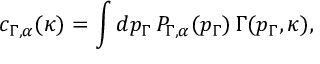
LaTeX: c _ { \Gamma , \alpha } ( \kappa ) = \int d p _ { \Gamma } \, { \cal P } _ { \Gamma , \alpha } ( p _ { \Gamma } ) \, \Gamma ( p _ { \Gamma } , \kappa ) ,